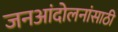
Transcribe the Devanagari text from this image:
जनआंदोलनांसाठी